Annual statistical returns and brief notes on vaccination in Bengal - 1887-1898
Year: 1887
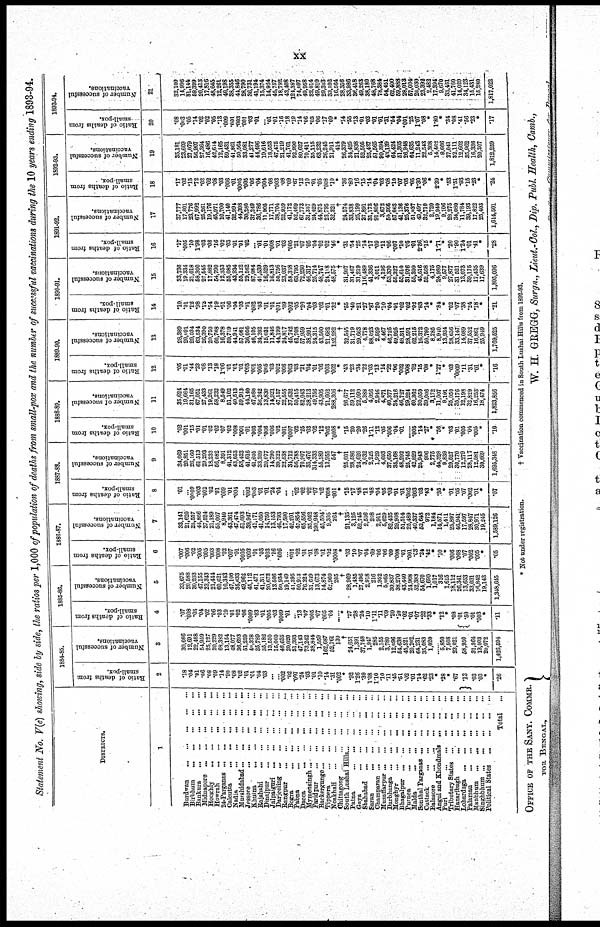
xx
Statement No. V(c) showing, side by side, the ratios per 1,000 of population of deaths from small-pox and the number of successful vaccinations during the 10 years ending 1893-94.
DISTRICTS
1
Burdwan
...
...
...
...
...
Birbhum
...
...
...
...
...
Bankura
...
...
...
...
...
Midnapore
...
...
...
...
...
Hooghly
...
...
...
...
...
Howrah
...
...
...
...
...
24-Parganas ... ... ... ... ...
Calcutta
...
...
...
...
...
Madia
...
...
...
...
...
Murshidabad
...
...
...
...
...
Jessore
...
...
...
...
...
Khulna
...
...
...
...
...
Rajshahi ... ... ... ... ...
Dinajpur
...
...
...
...
...
Jalpaiguri
...
...
...
...
...
Darjeeling ... ... ... ...
Rangpur
...
...
...
...
...
Bogra
...
...
...
...
...
Pabna
...
...
...
...
...
Dacca ... ... ... ... ...
Mymensingh
...
...
...
...
...
Faridpur ... ... ... ... ...
Backergunge ... ... ... ... ...
Tippera ... ... ... ... ...
Noakhali ... ... ... ... ...
Chittagong ... ... ... ... ...
South Lushai Hills ... ... ... ... ...
Patna
...
...
...
...
...
Gaya
...
...
...
...
...
Shahabad ... ... ... ... ...
Saran ... ... ... ... ...
Champaran ... ... ... ... ... ...
Muzaffarpur ... ... ... ... ...
Darbhanga
...
...
...
...
...
Monghyr
...
...
...
...
...
Bhagalpur
...
...
...
...
...
Purnea
...
...
...
...
...
Malda
...
...
...
...
...
Sonthal Parganas ... ... ... ... ...
Cuttack ... ... ... ... ...
Balasore ... ... ... ... ...
Angul and Khondmals ... ... ...
Puri
...
...
...
...
...
Tributary States ... ... ... ...
Hazaribagh ... ... ... ...
Lohardaga
...
...
...
...
...
Palamau
...
...
...
...
...
Manbhum ... ... ... ... ...
Singhbhum ... ... ... ... ...
Political States ... ... ... ... ...
Total ...
1884-85.
Ratio of deaths from
small-pox.
2
.18
.04
.01
.06
.08
.09
.14
.90
.08
.02
.01
.01
.04
.03
...
...
.002
.02
.007
.24
.03
.01
.10
.14
.31
.002
*
.92
1.26
.30
1.08
1.10
.10
.11
.45
.51
.02
.01
.14
.62
.23
.23
.28
*
.67
.13
.03
.03
*
.26
Number of successful
vaccinations.
3
30,666
12,691
22,468
54,959
25,127
20,229
68,382
13,154
48,077
36,693
51,259
40,378
35,789
35,182
13,550
15,060
46,635
20,020
31,393
47,143
73,242
38,844
1,559
162,687
52,761
130
†
24,651
1,391
37,748
1,947
285
2,155
3,780
12,096
54,638
45,521
20,202
64,231
35,083
1,020
......
5,850
7,508
23,021
58,950
31,364
13,003
20,072
1,426,594
1885-86.
Ratio of deaths from
small-pox.
4
.07
.008
.03
.04
.02
.06
.03
.19
.01
.02
.06
.0009
.03
.01
.005
.03
.0009
.01
...
.13
.07
.005
.07
.005
.04
...... *
.27
.28
.24
.10
1.11
.11
.09
.20
.10
.02
.01
.07
.22
.33
*
.12
*
.08
.01
.50
.01
.003
*
.11
Number of successful
vaccinations.
5
33,675
20,588
30,203
47,155
23,343
21,444
60,621
10,343
47,100
35,633
49,962
45,112
41,471
41,311
20,673
13,508
50,934
19,149
41,395
50,913
76,324
31,649
13,673
14,874
62,960
205
†
28,969
1,485
27,496
2,918
216
1,952
5,065
30,837
38,270
43,440
24,968
52,383
54,670
1,690
1,017
316
1,615
18,112
26,341
13,653
33,031
16,842
19,143
1,348,645
1886-87.
Ratio of deaths from
small-pox.
6
.007
.006
.02
.005
.005
.003
.008
.02
.007
.01
.0005
.003
.01
.03
.003
.16
.006
...
.001
.02
.01
.01
.08
.01
.02
.0008
*
.03
.10
.07
.04
.69
.06
.06
.09
.008
.01
.001
.03
.24
.42
*
.10
*
.006
.008
.07
.002
.005
*
.05
Number of successful
vaccinations.
7
33,141
21,620
25,557
44,866
27,524
21,189
55,007
8,940
43,361
47,474
51,093
39,947
41,171
41,050
14,750
13,153
46,793
17,590
42,201
47,854
65,556
35,042
190,948
45,504
9,305
264
†
21,135
3,125
52,745
2,508
208
2,911
5,629
82,435
29,908
51,514
25,489
40,337
52,648
972
1,184
14,571
1,411
25,897
46,941
17,597
28,847
30,971
19,245
1,589,126
1887-88.
Ratio of deaths from
small-pox.
8
.01
...
.0009
.003
.002
.02
.01
.009
.01
.004
...
.002
.003
.01
.01
.24
.04
...
... .02
.02
.02
.07
.02
.008
.001
*
.15
.17
.48
.11
.48
.04
.05
.08
.01
.01
.002
.003
.03
.43
*
.35
* .01
.05
.07
.002
.01
*
.07
Number of successful
vaccinations.
9
34,069
20,851
26,160
61,513
29,293
18,233
56,082
8,391
41,312
43,053
53,423
41,616
41,605
33,209
20,077
14,790
39,322
22,538
34,712
56,788
70,907
35,476
314,333
55,589
13,955
547
†
25,001
28,586
24,620
3,032
2,225
1,929
4,693
37,650
35,168
48,292
25,745
42,829
25,943
906
2,775
44,328
9,839
29,527
30,770
12,279
28,117
12,581
30,669
1,685,348
1888-89.
Ratio of deaths from
small-pox.
10
.02
.001
.15
.01
.01
.02
.02
.07
.02
.008
.00l
.01
.003
.004
.006
.006
.02
.001
.0007
.02
.25
.03
.02
.12
.002
.0008
*
.15
.20
.20
.26
1.11
.12
.05
.006
.04
.01
...... .005
.14
.27
* .56
*
.03
.01
.005
.04
.005
*
.10
Number of successful
vaccinations.
11
35,624
19,664
31,165
67,051
27,433
19,261
58,232
8,549
51,102
40,513
59,913
44,140
47,080
36,242
13,830
14,921
47,157
22,555
37,632
50,415
82,043
38,213
49,756
43,905
21,602
288,306
†
26,677
59,112
22,090
5,388
4,056
2,946
4,871
40,377
34,216
46,727
29,224
60,362
30,050
39,006
3,172
11,007
9,101
25,050
35,176
12,198
32,829
16,253
18,474
1,823,856
1889-90.
Ratio of deaths from
small-pox.
12
.05
.01
.44
.23
.08
.13
.18
1.06
.01
.01
.01
.003
.001
.005
.005
.03
.002
.006
.003
.03
.2l
.04
.01
.06
.003
.002
*
.43
.23
.34
.22
1.03
.13
.14
.22
.06
.002
.008
.02
.15
.08
*
1.27
*
.03
.0009
.11
.31
.01 *
.16
Number of successful
vaccinations.
13
28,389
20,091
29,034
63,534
26,390
20,750
60,768
16,378
59,719
44,941
57,061
36,058
46,105
34,202
15,031
11,846
44,199
24,817
45,742
61,703
57,959
38,991
24,315
43,500
21,682
152,282
†
32,545
31,719
29,663
4,778
88,023
2,529
4,467
46,725
49,925
48,311
28,591
62,215
16,372
50,799
8,285
8,940
13,934
28,636
33,147
14,089
37,532
16,861
25,949
1,769,525
1890-91.
Ratio of deaths from
small-pox.
14
.10
.01
.12
.98
.12
.54
.19
.51
.06
.04
.03
.01
.002
.03
.01
.01
.001
.09
.002
.05
.20
.04
.03
.02
.01
.32
*
.55
.40
.21
.27
.87
.20
.10
.04
.01
.02
.02
.02
.83
.14
*
.84
*
.02
.07
.38
.24
.18
*
.21
Number of successful
vaccinations.
15
33,736
19,334
21,018
58,300
27,545
17,882
54,790
12,353
55,085
43,934
55,122
29,562
87,084
41,539
16,529
16,813
50,756
23,037
58,318
63,795
72,230
46,317
25,714
48,747
24,108
48,575
†
31,907
31,467
31,219
116,489
41,336
3,011
4,196
53,370
55,327
53,610
31,976
55,399
45,516
52,568
4,175
24,980
9,577
27,877
31,521
13,073
39,175
17,435
17,639
1,805,096
1891-92.
Ratio of deaths from
small-pox.
16
.17
.006
.10
1.98
.03
.08
.16
.02
.03
.01
.01
.02
...
.01
.01
.008
.01
.03
.005
.21
.07
.05
.04
.02
.02
.46
*
.31
.54
.25
.14
.17
.09
.11
.06
.007
.10
.05
.01
2.36
.15
*
1.71
*
.20
.90
1.24
.01
.41
*
.28
Number of successful
vaccinations.
17
37,777
17,801
23,776
67,992
25,261
19,176
45,971
10,700
41,140
32,994
44,398
30,280
37,249
36,786
11,905
17,771
38,704
22,959
41,172
52,469
67,773
31,357
24,429
44,875
23,795
32,321
†
24,574
33,838
25,199
27,891
31,173
91,806
3,678
50,366
57,063
41,136
25,376
5l,037
40,497
32,710
2,720
19,949
9,106
28,275
34,080
11,784
39,193
17,822
25,403
1,614,501
1892-93.
Ratio of deaths from
small-pox.
18
.17
.02
.15
.72
.02
.02
.08
.03
.006
.01
.0005
.005
.06
.04
.004
.08
.003
.08
.09
.67
.12
.10
.01
.05
.008
.10
*
.36
.80
.16
.15
.14
.04
.03
.08
.10
.07
.05
.05
1.30
.06
*
2.39
*
.53
1.51
.93
.15
.23
*
.24
Number of successful
vaccinations.
19
35,181
23,609
27,079
56,907
27,364
16,486
42,614
12,165
59,431
41,861
50,564
33,081
41,277
44,496
19,616
18,553
47,475
21,219
41,761
92,990
80,627
70,411
35,115
63,232
26,245
21,911
414
26,379
34,425
21,838
52,505
25,437
51,565
90,394
43,139
64,424
51,305
26,948
64,635
11,243
22,543
5,308
14,462
9,666
27,041
32,111
12,602
35,962
16,336
20,307
1,812,259
1893-94.
Ratio of deaths from
small-pox.
20
.08
.003
.05
.14
.02
.02
.05
.13
.009
.001
.003
.001
.03
.01
... .01
.01
.16
.18
.19
.14
.06
.03
.06
.17
.09
*
.14
.55
.13
.01
.03
.01
.01
.31
.54
.04
.001
.25
1.07
.08
*
1.80
*
.34
.08
.41
.56
.23
*
.17
Number of successful
vaccinations.
21
32,100
14,996
31,144
59,399
20,413
17,816
48,645
12,261
40,198
38,355
44,846
28,790
36,731
41,194
15,374
14,924
45,757
18,792
43,408
124,387
74,097
49,958
32,014
49,810
29,303
33,592
16,564
28,356
33,986
36,418
49,263
38,180
48,768
78,384
54,451
62,400
59,888
28,013
57,004
20,030
23,392
2,482
17,394
9,670
33,461
41,760
14,020
34,123
15,431
15,280
1,817,022
* Not under registration.
† Vaccination commenced in South Lushai Hills from 1892-93.
OFFICE OF THE SANY. COMMR.
FOR BENGAL,
W. H. GREGG, Surgn., Lieut.-Col., Dip. Publ. Health, Camb.,
Sanitary Commissioner for Bengal.